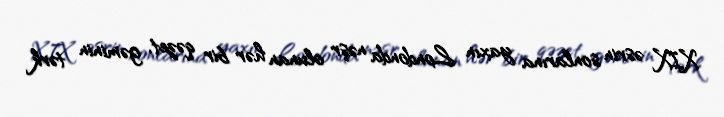
XIX əsrin sonlarına yaxın Londonda nəşr olunan hər bir qəzet, gəminin tərk